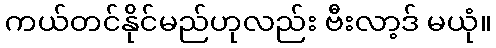
ကယ်တင်နိုင်မည်ဟုလည်း ဗီးလာ့ဒ် မယုံ။